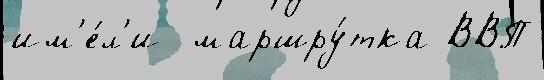
им'е́л'и  маршру́тка ВВП